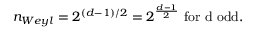
n _ { W e y l } = 2 ^ { ( d - 1 ) / 2 } = 2 ^ { \frac { d - 1 } { 2 } } \mathrm { ~ f o r ~ d ~ o d d } .